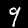
Label: 9